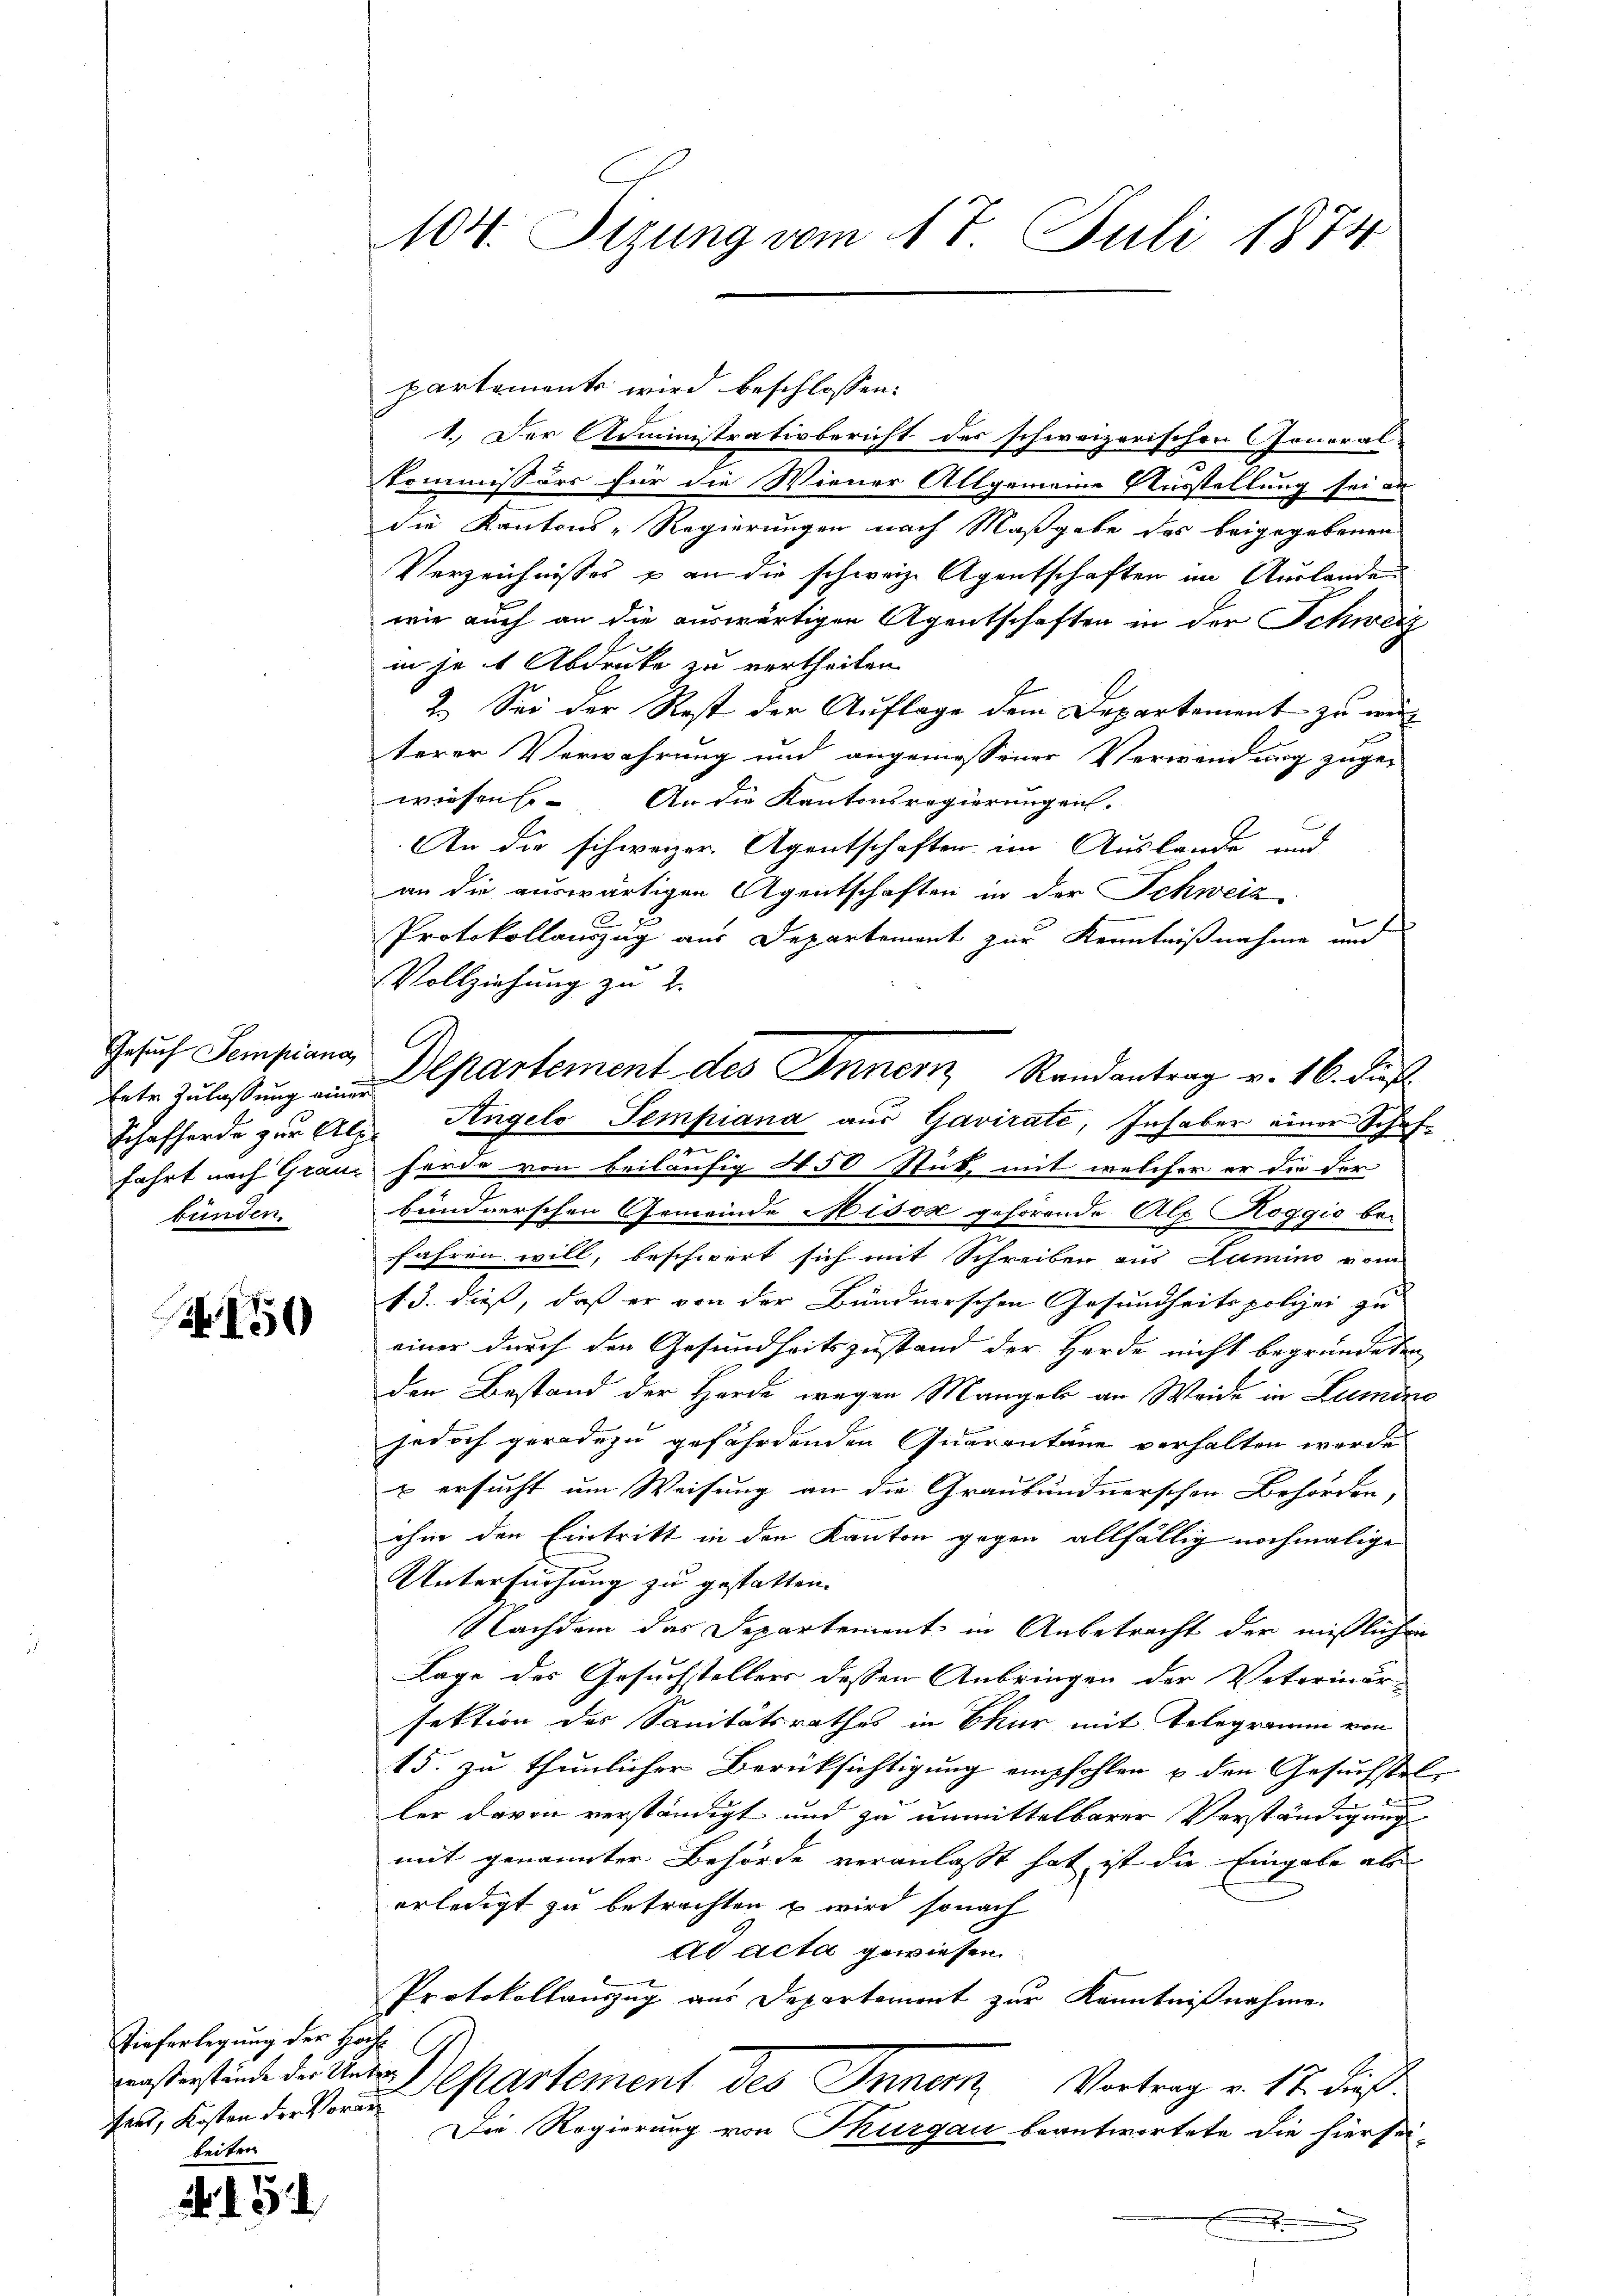
Gesuch Sempiana
bunden,

N 150

Tieferlegung der Höchhert, Kosten der Vorar
beiten

154

104. Sizung vom 17. Juli 1874

partements wird beschlossen:
1.) Der Administrativbericht des schweizerischen Honoral-
Kommissärs für die Wiener Allgemeine Ausstellung sei an
die Kantons-Regierungen nach Maßgabe des beigegebenen
Verzeichnisses & an die schweize Agentschaften im Auslanden
wie auch an die auswärtigen Agentschaften in der Schweiz
in je 1 Abdrucke zu vertheilen.
2.) Sei der Rest der Auflage dem Departement zu wei
terer Verwahrung und angemessener Verwendung zugewiesen. An die Kantonsregierungen.
An die schweizer Agentschaften im Auslande und
an die auswärtigen Agentschaften in der Schweiz
Protokollauszug aus Departement zur Kenntnißnahme und
Vollziehung zu 2.
Schafherde zur Alp Angelo Sempiana aus Gavirate, Inhaber einer Schaffahrt nach Granz herde von beiläufig 450 Stück mit welcher er die der
bündnerschen Gemeinde Misox gehörende Alp Roggio befahren will, beschwert sich mit Schreiben aus Lamino vom
13. dieß, daß er von der Bündnerschen Gesundheitspolizei zu
einer durch den Gesundheitszustand der Herde nicht begründeten
den Bestand der Hörde wegen Mangels an Weide in Lumino
jedoch geradezu gefährdenden Quarentane verhalten werde
& ersucht um Weisung an die Graubündnerschen Behörden,
ihm den Eintritt in den Kanton gegen allfällig nochmalige
Untersuchung zu gestatten.
Nachdem das Departement in Anbetracht der mißlichen
Lage des Gesuchstellers dessen Anbringen der Veterinär-
sektion des Sanitätsrathes in Chur mit Telegramm von
15. zu thunlicher Berüksichtigung empfohlen u den Gesuchstel-
ler davon verständigt und zu unmittelbarer Verständigung
mit genannter Behörde veranlasst hat ist die Eingabe als
erledigt zu betrachten & wird sonach
ad acta gewiesen.
Protokollauszug aus Departement zur Kenntnißnahme.
musterstände der Unter Departement des Innern Vortrag v. 17. dieß
Die Regierung von Thurgau beantwortete die hiersei-
.

betr. Zulassung Departement des Innern Randantrag v. 16. Fußl